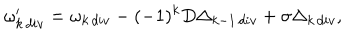
LaTeX: \omega _ { k \, d i v } ^ { \prime } = \omega _ { k \, d i v } - ( - 1 ) ^ { k } D \Delta _ { k - 1 \, d i v } + \sigma \Delta _ { k \, d i v } ,